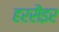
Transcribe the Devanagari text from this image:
हरसैइर